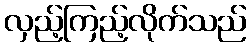
လှည့်ကြည့်လိုက်သည်